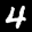
Label: 4